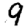
Digit: 9